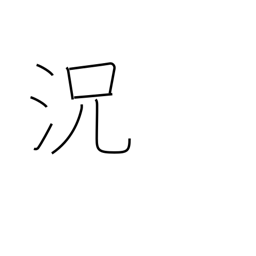
Meaning: condition